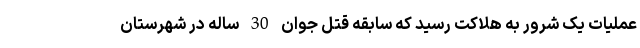
عملیات یک شرور به هلاکت رسید که سابقه قتل جوان 30 ساله در شهرستان